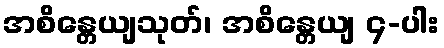
အစိန္တေယျသုတ်၊ အစိန္တေယျ ၄-ပါး